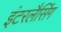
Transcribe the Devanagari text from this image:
इंटरलैसिंग